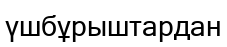
үшбұрыштардан